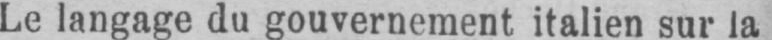
Le langage du gouvernement italien sur la